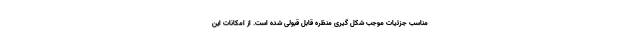
مناسب جزئیات موجب شکل گیری منظره قابل قبولی شده است. از امکانات این